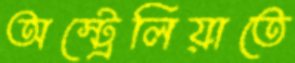
অস্ট্রেলিয়াতে